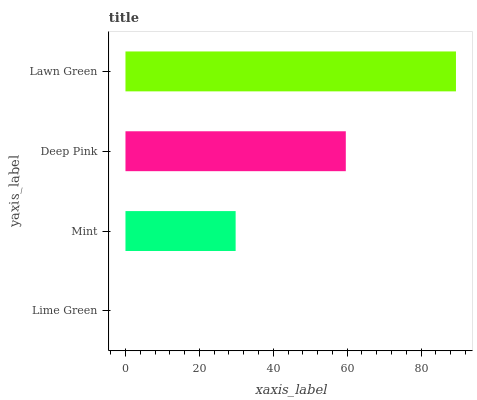
| yaxis_label | bars |
 | --- | --- |
 | Lime Green | 0 |
 | Mint | 29.8 |
 | Deep Pink | 59.6 |
 | Lawn Green | 89.4 |